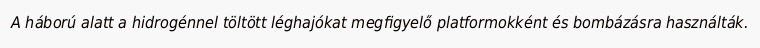
A háború alatt a hidrogénnel töltött léghajókat megfigyelő platformokként és bombázásra használták.